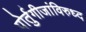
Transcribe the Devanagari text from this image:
पोर्तुगीजांविरुध्द